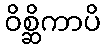
ဝိစ္ဆိကာပိ